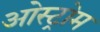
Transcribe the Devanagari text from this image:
ओस्ट्रोम